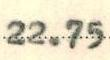
22.75